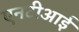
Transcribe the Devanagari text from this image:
एनटीआई